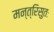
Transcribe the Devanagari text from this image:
मन्त्रिसुतः